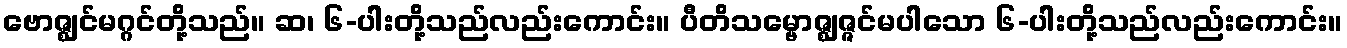
ဗောဇ္ဈင်မဂ္ဂင်တို့သည်။ ဆ၊ ၆-ပါးတို့သည်လည်းကောင်း။ ပီတိသမ္ဗောဇ္ဈဇ္ဇင်မပါသော ၆-ပါးတို့သည်လည်းကောင်း။